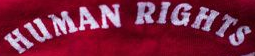
HUMAN RIGHTS